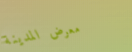
معرض المدينة